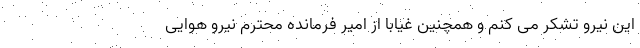
این نیرو تشکر می کنم و همچنین غیابا از امیر فرمانده محترم نیرو هوایی